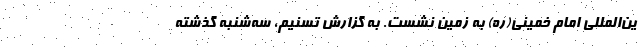
ین‌المللی امام خمینی(ره) به زمین نشست. به گزارش تسنیم، سه‌شنبه گذشته